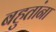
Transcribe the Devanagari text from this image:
बहुतांना